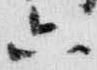
六